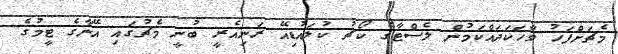
މެޗަށްފަހު ވާހަކަދައްކަމުން ލެސްޓާގެ ކޯޗު ކުލައުޑިއޭ ރަނިއެރީ ބުނީ މެޗުގައި އޭނާގެ ޓީމުގެ